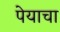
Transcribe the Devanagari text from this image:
पेयाचा